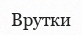
Врутки